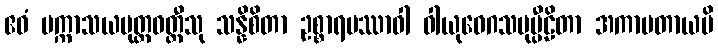
ဧဝံ ပက္ကာသယမုတ္တဝတ္ထီသု သန္နိစိတာ ဥစ္စာရပဿာဝါ ဝါယုဝေဂသမုပ္ပီဠိတာ အကာမတာယပိ